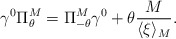
\begin{align*}\gamma^0\Pi_\theta^M = \Pi_{-\theta}^M\gamma^0+\theta \frac{M}{\langle\xi\rangle_M}.\end{align*}